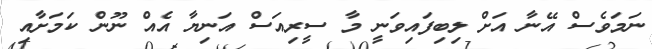
ނަމަވެސް އޭނާ އަށް ލިބިފައިވަނީ މާ ސީރިއަސް އަނިޔާ އެއް ނޫން ކަމަށާއި